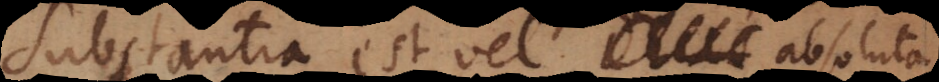
Substantia est vel perfecta